Rangoon Lunatic Asylum 1898-1906 - 1898-1906
Year: 1898
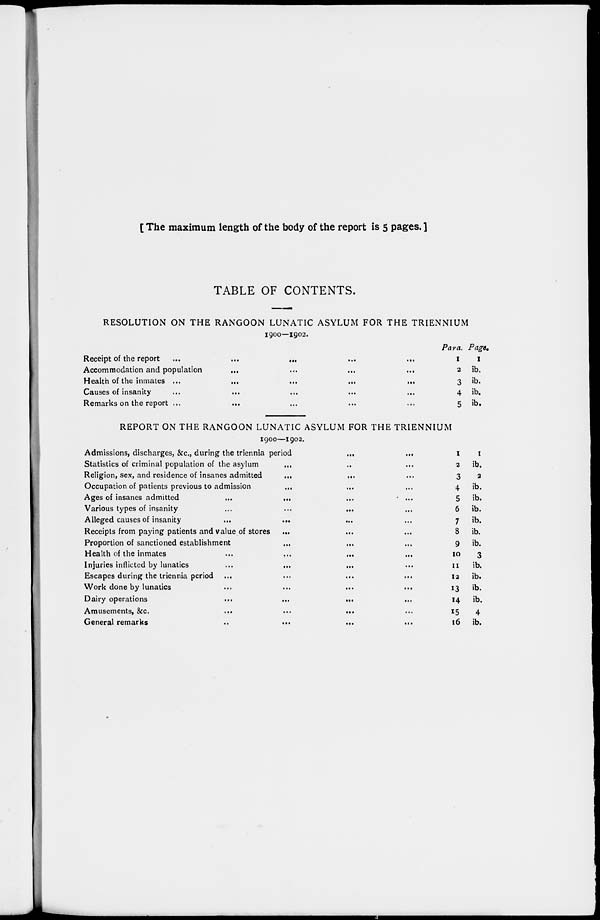
[ The maximum length of the body of the report is 5 pages. ]
TABLE OF CONTENTS.
RESOLUTION ON THE RANGOON LUNATIC ASYLUM FOR THE TRIENNIUM
1900—1902.
Receipt of the report
...
...
... ... ...
Accommodation and population ... ... ... ...
Health of the inmates ...
...
...
...
...
Causes of insanity
...
... ... ... ...
Remarks on the report ...
... ... ... ...
Psara.
1
2
3
4
5
Page.
1
ib.
ib.
ib.
ib.
REPORT ON THE RANGOON LUNATIC ASYLUM FOR THE TRIENNIUM
1900—1902.
Admissions, discharges, &c., during the triennia period
...
...
Statistics of criminal population of the asylum ... ... ...
Religion, sex, and residence of insanes admitted
...
... ...
Occupation of patients previous to admission ... ... ...
Ages of insanes admitted
...
... ... ...
Various types of insanity
...
...
... ...
Alleged causes of insanity
...
...
... ...
Receipts from paying patients and value of stores ... ... ...
Proportion of sanctioned establishment ... ... ...
Health of the inmates ... ... ... ...
Injuries inflicted by lunatics
...
...
... ...
Escapes during the triennia period ... ... ... ...
Work done by lunatics
...
...
...
...
Dairy operations
...
...
... ...
Amusements, &c.
...
...
... ...
General remarks
...
...
...
...
1
2
3
4
5
6
7
8
9
10
11
12
13
14
15
16
1
ib.
2
ib.
ib.
ib.
ib.
ib.
ib.
3
ib.
ib.
ib.
ib.
4
ib.